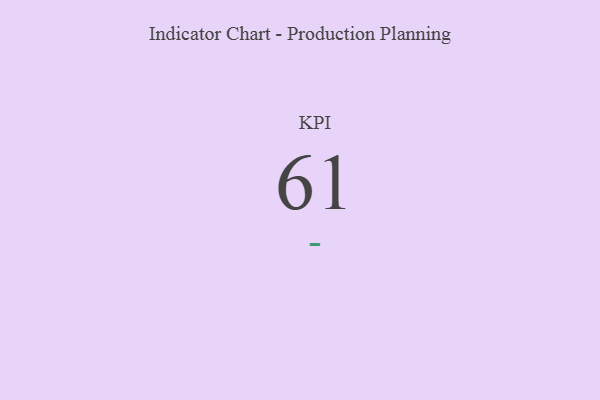
{"axis": {"x": "KPI", "y": "Value"}, "legend": [""], "data": [{"x": "KPI", "y": 61, "type": ""}]}